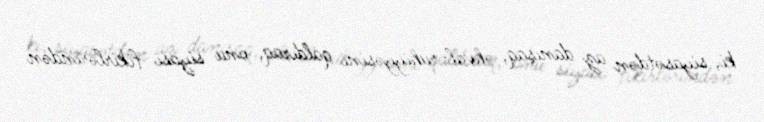
ki, siyasətdən az danışaq, əhval-ruhiyyəsini qaldıraq, onu siyasi fikirlərindən